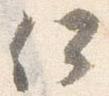
何